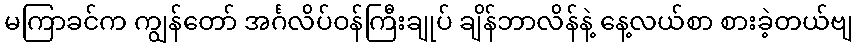
မကြာခင်က ကျွန်တော် အင်္ဂလိပ်ဝန်ကြီးချုပ် ချိန်ဘာလိန်နဲ့ နေ့လယ်စာ စားခဲ့တယ်ဗျ